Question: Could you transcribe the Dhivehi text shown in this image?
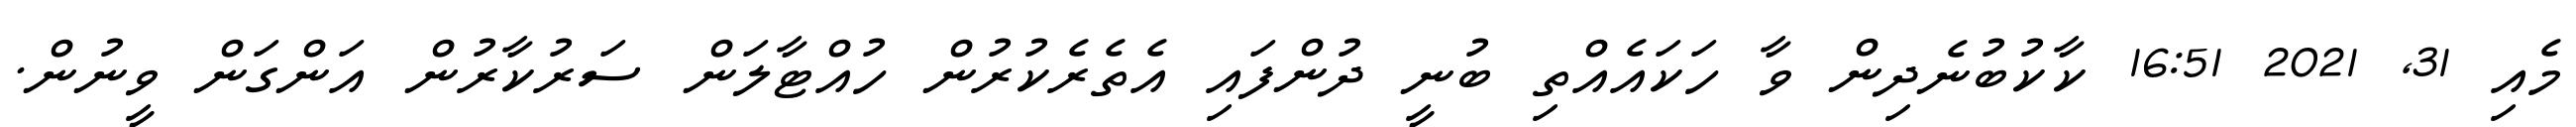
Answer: މެއި 31, 2021 16:51 ކާކުބުނެދިން ވާ ހަކައެއްތި ބުނީ ދުންފައި އެތެރެކުރުން ހުއްޓާލަން ސަރުކާރުން އަންގަން ވީނުން.